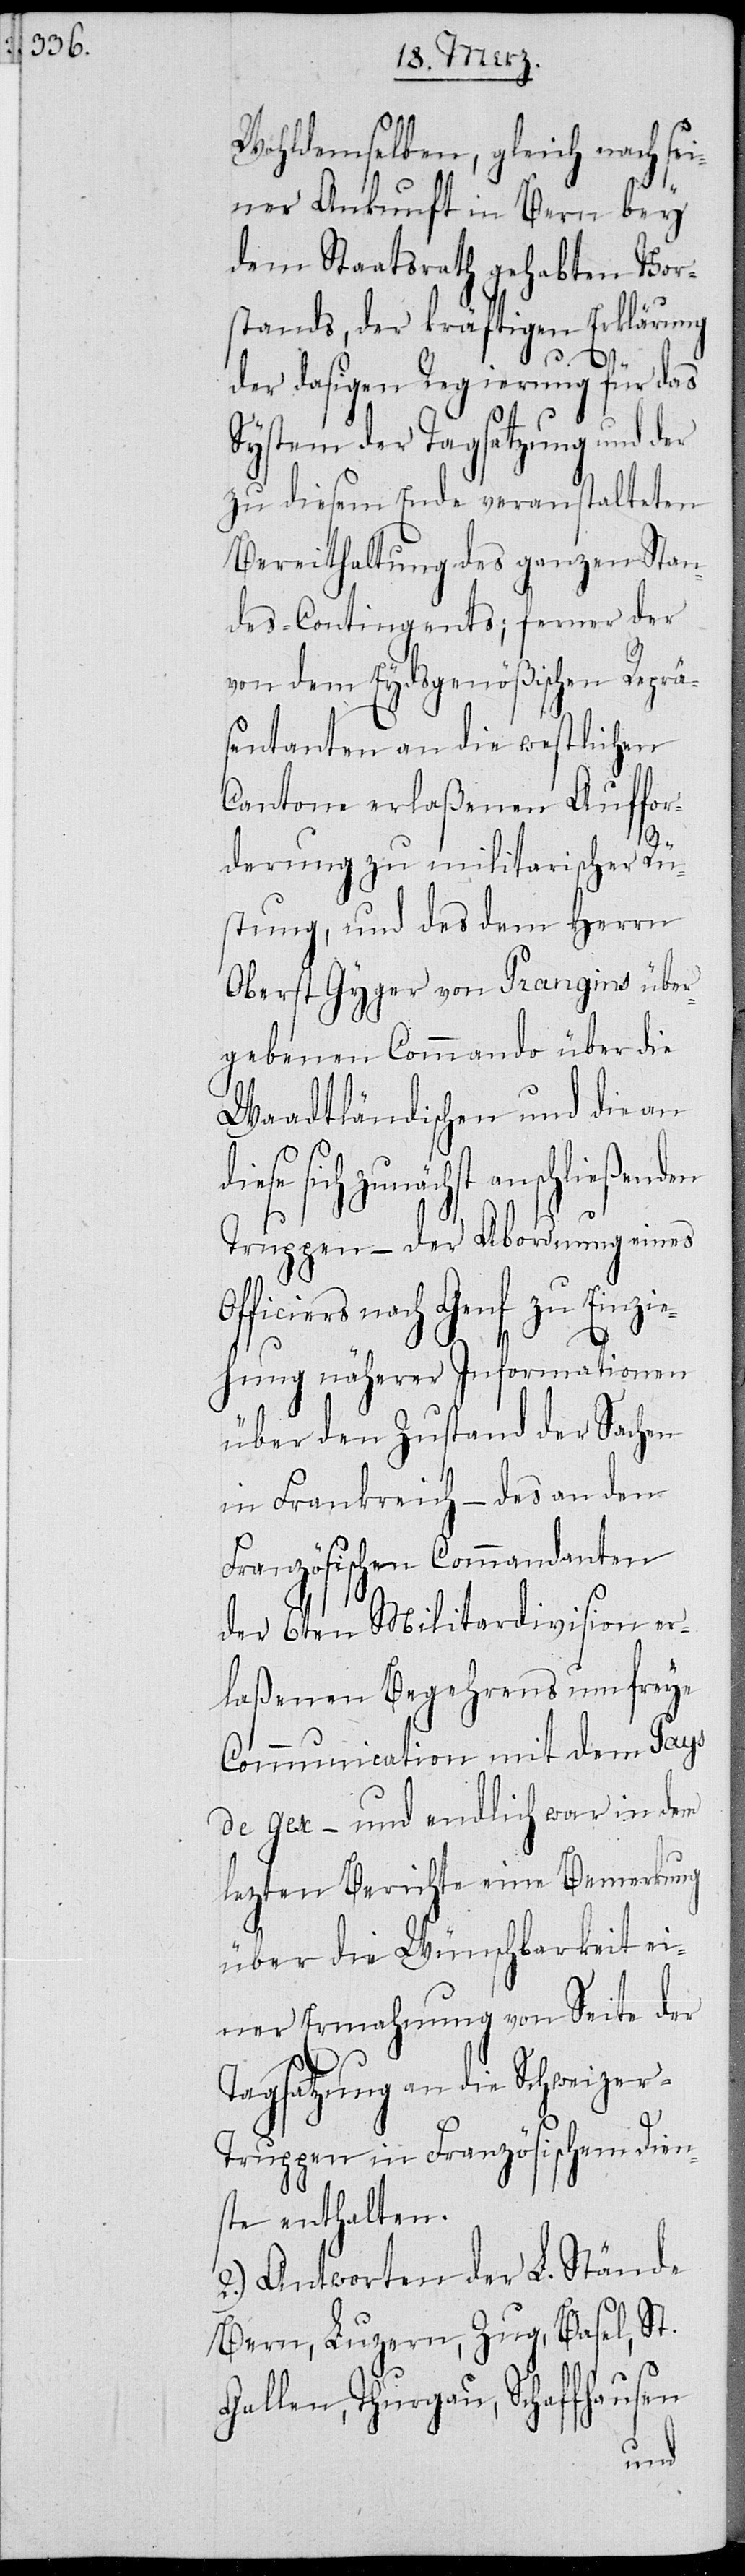
Wohldemselben, gleich nach sei¬
ner Ankunft in Bern bey
dem Staatsrath gehabten Vor¬
stands, der kräftigen Erklärung
der dasigen Regierung für das
System der Tagsatzung und der
zu diesem Ende veranstaltenden
Bereithaltung des ganzen Stan¬
des-Contingents; ferner der
von dem Eydsgenößischen Reprä¬
sentanten an die westlichen
Cantone erlaßenen Auffor¬
O¬
derung zu militarischer Rü¬
stung, und des dem Herrn
Oberst Gyger von Prangins über¬
gebenen Commando über die
Waadtländischen und die an
iese sich zunächst anschließenden
Truppen – der Abordnung eines
fficiers nach Genf zu Einzie¬
hung näherer Informationen
in Frankreich – das an den
Französischen Commandanten
der 6ten Militardivision er¬
laßenen Begehrens um freye
Communication mit dem Pays
de Gex – und endlich war in dem
lezten Berichte eine Bemerkung
über die Wünschbarkeit ei¬
ner Ermahnung von Seite der
Tagsatzung an die Schweizer-T¬
ruppen in Französischem Dien¬
st enthalten.
2.) Antworten der L. Stände
Bern, Luzern, Zug, Basel, St.
Gallen, Thurgau, Schaffhausen